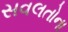
સવલતોના